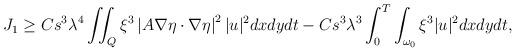
LaTeX: \begin{align*}\begin{aligned}J_1\geq C s^3 \lambda^4 \iint_Q \xi^3\left|A \nabla \eta \cdot \nabla \eta \right|^2|u|^2 dx dy dt-C s^3 \lambda^3 \int_0^T \int_{\omega_0} \xi^3|u|^2 dx dy dt,\end{aligned}\end{align*}